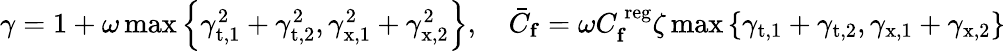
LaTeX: \begin{array}{r}{\gamma=1+\omega\operatorname*{max}\left\{ \gamma_{\mathrm{t},1}^{2}+\gamma_{\mathrm{t},2}^{2},\gamma_{\mathrm{x},1}^{2}+\gamma_{\mathrm{x},2}^{2}\right\} ,\quad\bar{C}_{\mathbf{f}}=\omega C_{\mathbf{f}}^{\mathrm{\mathrm{~reg}}}\zeta\operatorname*{max}\left\{ \gamma_{\mathrm{t},1}+\gamma_{\mathrm{t},2},\gamma_{\mathrm{x},1}+\gamma_{\mathrm{x},2}\right\} }\end{array}